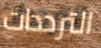
الترددات